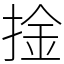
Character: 捦